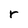
Character: r